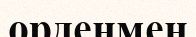
орденмен